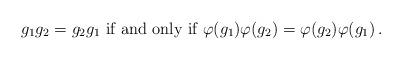
LaTeX: \begin{align*} g_1 g_2 = g_2 g_1 \mbox{ if and only if } \varphi (g_1) \varphi (g_2) = \varphi (g_2) \varphi (g_1) \,. \end{align*}